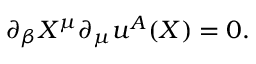
\partial _ { \beta } X ^ { \mu } \partial _ { \mu } u ^ { A } ( X ) = 0 .